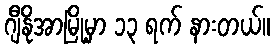
ဂျီနိုအာမြို့မှာ ၁၃ ရက် နားတယ်။